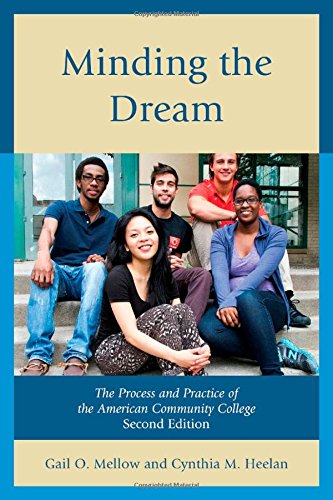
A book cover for Minding the Dream: The Process and Practice of the American Community College; Gail O. Mellow; Education & Teaching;